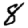
Digit: 8